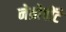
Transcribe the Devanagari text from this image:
नेग्रोपोंटे